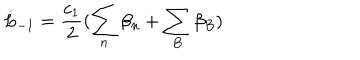
\dot { L } _ { - 1 } = \frac { c _ { 1 } } { 2 } ( \sum _ { n } \beta _ { n } + \sum _ { B } \beta _ { B } )